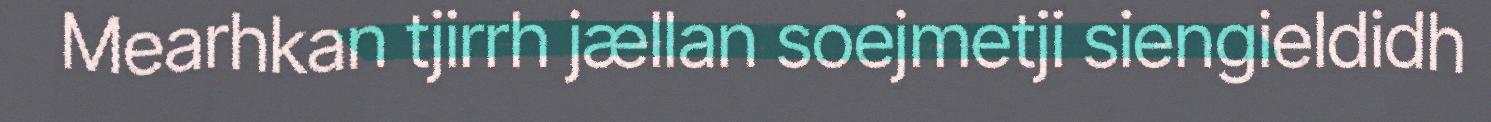
Mearhkan tjirrh jællan soejmetji siengieldidh